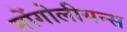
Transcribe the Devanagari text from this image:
मोंगोलीयन्स